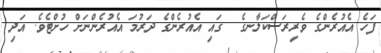
ފަހެ އެއުރެންގެ ވެރިރަސްކަލާނގެ  ގައި އެއުރެންގެ ދަރުމަ އެއުރެންނަށް ހުށްޓެވެ. އަދި